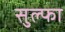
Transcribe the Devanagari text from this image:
सुल्फा